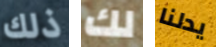
ذلك لك يدلنا